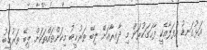
އަޅުގަނޑު އުފަލާއެކީ ފާހަގަކުރަން މި ދާއިރާއަށް ލިބޭ ތަރުޙީބު މިކަންތައްތަކަށް ލިބޭ ތަރުޙީބު